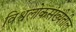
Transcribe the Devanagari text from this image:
विश्वलोकसंख्येतील